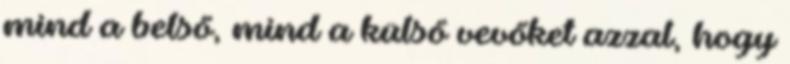
mind a belső, mind a külső vevőket azzal, hogy